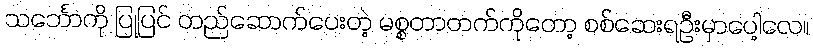
သင်္ဘောကို ပြုပြင် တည်ဆောက်ပေးတဲ့ မစ္စတာတက်ကိုတော့ စစ်ဆေးရဦးမှာပေါ့လေ။